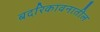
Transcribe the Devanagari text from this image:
बदरिकावनातील